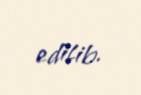
edilib.